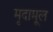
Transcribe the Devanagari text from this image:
मृदामूल